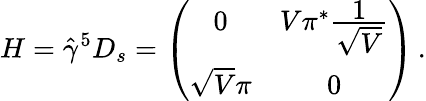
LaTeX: H=\hat{\gamma}^{5}{D}_{s}=\left(\begin{array}{cc}{{0}}&{{V\pi^{*}\frac{\textstyle 1}{\textstyle\sqrt{V}}}}\\ {{\sqrt{V}\pi}}&{{0}}\end{array}\right)\, .